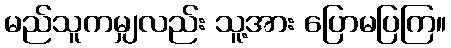
မည်သူကမျှလည်း သူ့အား ပြောမပြကြ။